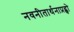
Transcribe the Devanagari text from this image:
नवनीतार्थनाप्रह्वो